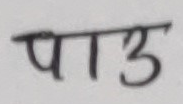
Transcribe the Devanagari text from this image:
पाउ